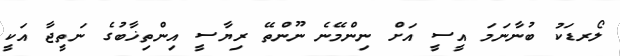
ލޯރޑަކު ބުނާނަމަ އީސީ އަށް ނިންމޭނެ ނޫންތޭ ރިޔާސީ އިންތިޚާބުގެ ނަތީޖާ އަކީ